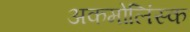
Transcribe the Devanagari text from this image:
अकमोलिंस्क